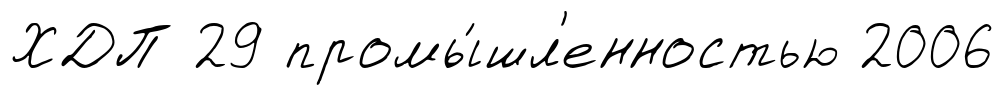
ХДП 29 промы́шл'енностью 2006